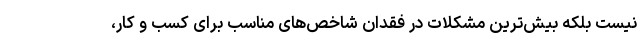
نیست بلکه بیش‌ترین مشکلات در فقدان شاخص‌های مناسب برای کسب و کار،